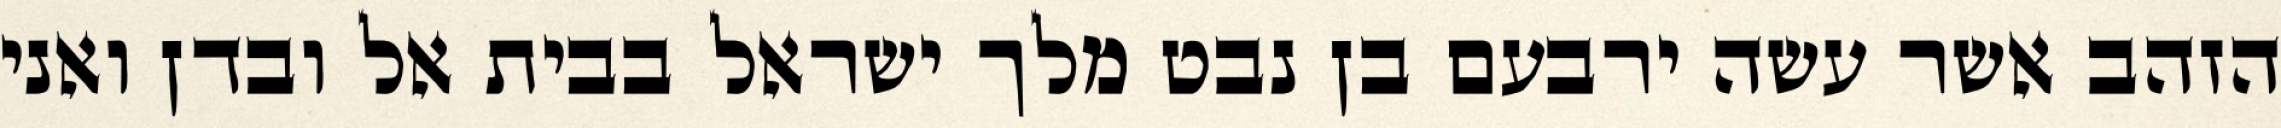
הזהב אשר עשה ירבעם בן נבט מלך ישראל בבית אל ובדן ואני